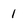
Character: 1